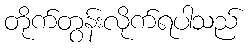
တိုက်တွန်းလိုက်ရပါသည်